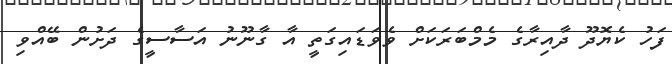
ފަހު ކެޔޮދޫ ދާއިރާގެ މެމްބަރަކަށް ވެވަޑައިގަތީ އާ ގާނޫނު އަސާސީގެ ދަށުން ބޭއްވި